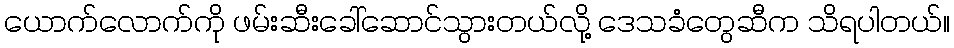
ယောက်လောက်ကို ဖမ်းဆီးခေါ်ဆောင်သွားတယ်လို့ ဒေသခံတွေဆီက သိရပါတယ်။